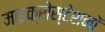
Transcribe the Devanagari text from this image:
माइक्रोस्टेशनों